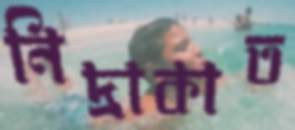
নিদ্রাকাত